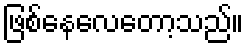
ဖြစ်နေလေတော့သည်။